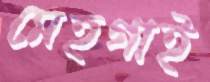
মেহগাই